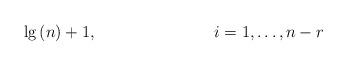
LaTeX: \begin{align*}\lg \left( n\right) +1 & , & i=1,\ldots ,n-r \\ \end{align*}